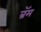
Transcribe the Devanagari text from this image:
ब्रॅम